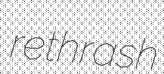
rethrash